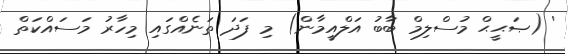
' (ޞަޙީޙް މުސްލިމް ބާބު އަލްއީމާން) މި ފަދަ ތަނެއްގައި މިހާރު މަސައްކަތް